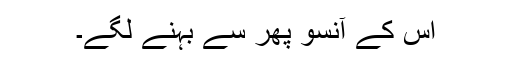
اس کے آنسو پھر سے بہنے لگے۔